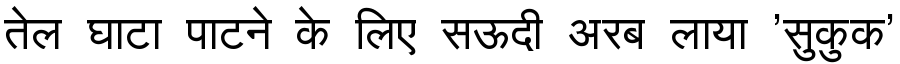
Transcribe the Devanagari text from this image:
तेल घाटा पाटने के लिए सऊदी अरब लाया 'सुकुक'